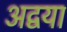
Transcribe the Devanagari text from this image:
अद्वया